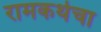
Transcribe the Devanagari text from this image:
रामकथेचा